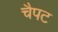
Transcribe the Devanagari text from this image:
चैपट